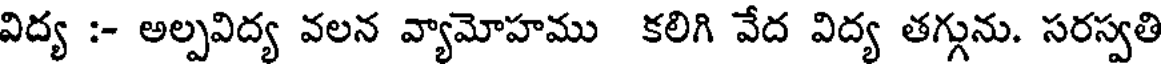
విద్య :- అల్పవిద్య వలన వ్యామోహము కలిగి వేద విద్య తగ్గును. సరస్వతి